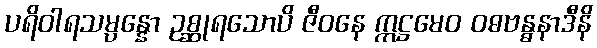
ပရိဝါရသမ္ပန္နော ဥစ္ဆုရသောပိ ဇီဝနေ ဣဋ္ဌမေဝ ဝဓဗန္ဓနာဒီနိ